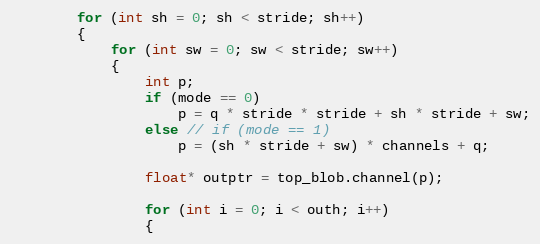
Language: C++
        for (int sh = 0; sh < stride; sh++)
        {
            for (int sw = 0; sw < stride; sw++)
            {
                int p;
                if (mode == 0)
                    p = q * stride * stride + sh * stride + sw;
                else // if (mode == 1)
                    p = (sh * stride + sw) * channels + q;

                float* outptr = top_blob.channel(p);

                for (int i = 0; i < outh; i++)
                {